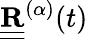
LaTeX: {\underline{{\underline{{\mathbf R}}}}}^{(\alpha)}(t)